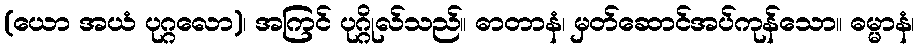
(ယော အယံ ပုဂ္ဂလော)၊ အကြင် ပုဂ္ဂိုလ်သည်။ ဓာတာနံ၊ မှတ်ဆောင်အပ်ကုန်သော။ ဓမ္မာနံ၊